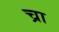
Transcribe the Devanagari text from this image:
च्रा